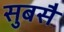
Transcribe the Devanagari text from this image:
सुबसै